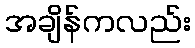
အချိန်ကလည်း